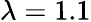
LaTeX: \lambda=1.1